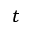
t